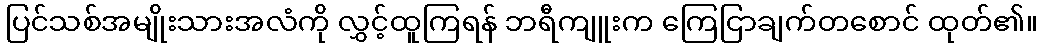
ပြင်သစ်အမျိုးသားအလံကို လွှင့်ထူကြရန် ဘရီကျူးက ကြေငြာချက်တစောင် ထုတ်၏။